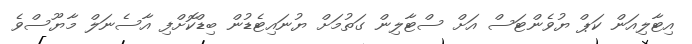
އިޓާލިއަން ކަޕް ޔުވެންޓަސް އަށް ސްޓާލިން ގަތުމަށް ޔުނައިޓެޑުން ބިޑްކޮށްފި އާސެނަލް މާޔޫސްވެ